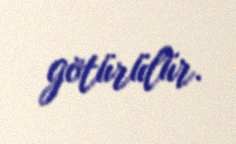
götürülür.